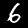
Label: 6